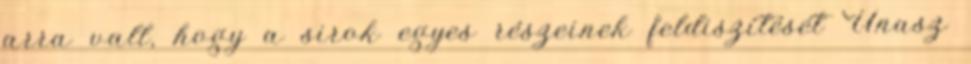
arra vall, hogy a sirok egyes részeinek feldiszítését Unasz